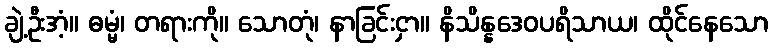
ချဲ့ဦးအံ့။ ဓမ္မံ၊ တရားကို။ သောတုံ၊ နာခြင်းငှာ။ နိသိန္နဒေဝပရိသာယ၊ ထိုင်နေသော